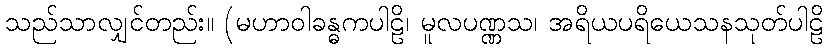
သည်သာလျှင်တည်း။ (မဟာဝါခန္ဓကပါဠိ၊ မူလပဏ္ဏသ၊ အရိယပရိယေသနသုတ်ပါဠိ